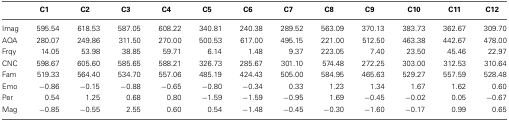
<table><thead><tr><td></td><td><b>C1</b></td><td><b>C2</b></td><td><b>C3</b></td><td><b>C4</b></td><td><b>C5</b></td><td><b>C6</b></td><td><b>C7</b></td><td><b>C8</b></td><td><b>C9</b></td><td><b>C10</b></td><td><b>C11</b></td><td><b>C12</b></td></tr></thead><tbody><tr><td>Imag</td><td>595.54</td><td>618.53</td><td>587.05</td><td>608.22</td><td>340.81</td><td>240.38</td><td>289.52</td><td>563.09</td><td>370.13</td><td>383.73</td><td>362.67</td><td>309.70</td></tr><tr><td>AOA</td><td>280.07</td><td>249.86</td><td>311.50</td><td>270.00</td><td>500.53</td><td>617.00</td><td>495.15</td><td>221.00</td><td>512.50</td><td>463.38</td><td>442.67</td><td>478.00</td></tr><tr><td>Frqy</td><td>14.05</td><td>53.98</td><td>38.85</td><td>59.71</td><td>6.14</td><td>1.48</td><td>9.37</td><td>223.05</td><td>7.40</td><td>23.50</td><td>45.46</td><td>22.97</td></tr><tr><td>CNC</td><td>598.67</td><td>605.60</td><td>585.65</td><td>588.21</td><td>326.73</td><td>285.67</td><td>301.10</td><td>574.48</td><td>272.25</td><td>303.00</td><td>312.53</td><td>310.64</td></tr><tr><td>Fam</td><td>519.33</td><td>564.40</td><td>534.70</td><td>557.06</td><td>485.19</td><td>424.43</td><td>505.00</td><td>584.95</td><td>465.63</td><td>529.27</td><td>557.59</td><td>528.48</td></tr><tr><td>Emo</td><td>−0.86</td><td>−0.15</td><td>−0.88</td><td>−0.65</td><td>−0.80</td><td>−0.34</td><td>0.33</td><td>1.23</td><td>1.34</td><td>1.67</td><td>1.62</td><td>0.60</td></tr><tr><td>Per</td><td>0.54</td><td>1.25</td><td>0.68</td><td>0.80</td><td>−1.59</td><td>−1.59</td><td>−0.95</td><td>1.69</td><td>−0.45</td><td>−0.02</td><td>0.05</td><td>−0.67</td></tr><tr><td>Mag</td><td>−0.85</td><td>−0.55</td><td>2.55</td><td>0.60</td><td>0.54</td><td>−1.48</td><td>−0.45</td><td>−0.30</td><td>−1.60</td><td>−0.17</td><td>0.99</td><td>0.65</td></tr></tbody></table>